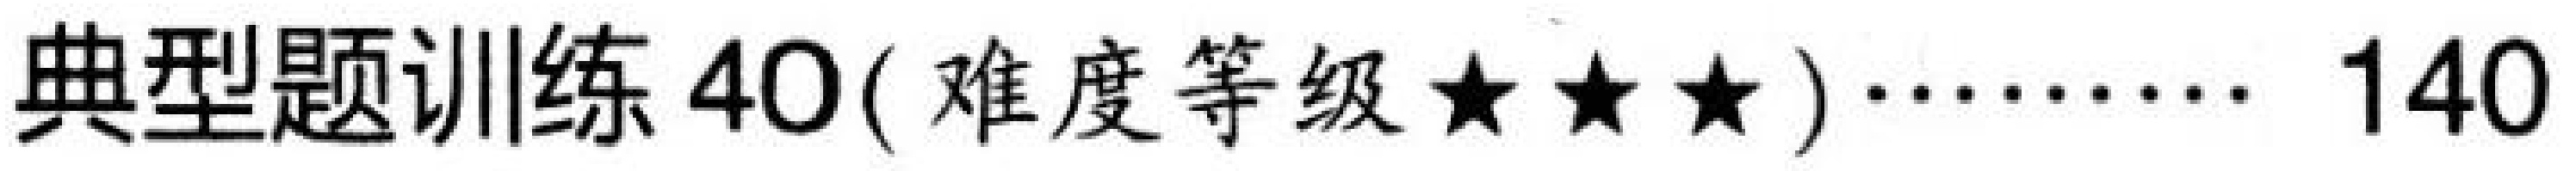
典型题训练 40( 难度等级$\star\star\star$) $\cdots\cdots$ 140